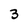
Character: 3